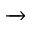
\xrightarrow { }